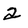
Character: 2